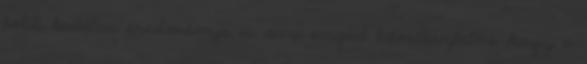
több kutatás eredménye is arra enged következtetni, hogy a